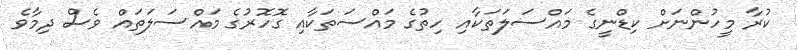
ކުރާ މީހުންނަށް ކިޑްނީގެ މައްސަލަތަކާއި ހިތުގެ މައްސަތަކާއި ގޮހޮރުގެ މައްސަލަތައް ވެސް ދިމާވެ